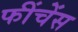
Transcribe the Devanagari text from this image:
फींचेंस